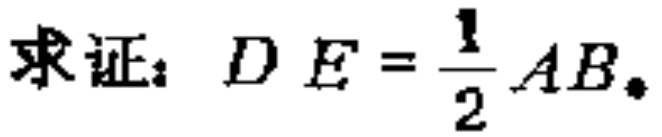
求证：$DE = \dfrac{1}{2}AB$。